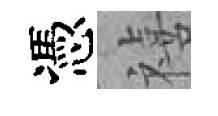
憑禧